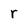
Character: r